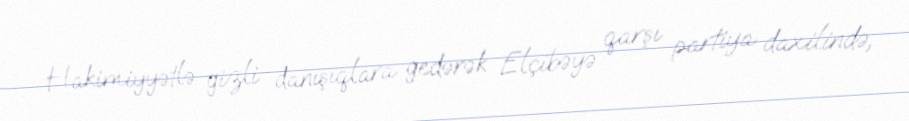
Hakimiyyətlə gizli danışıqlara gedərək Elçibəyə qarşı partiya daxilində,